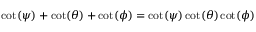
\cot ( \psi ) + \cot ( \theta ) + \cot ( \phi ) = \cot ( \psi ) \cot ( \theta ) \cot ( \phi )